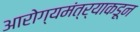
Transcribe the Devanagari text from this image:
आरोग्यमंत्र्याकडून